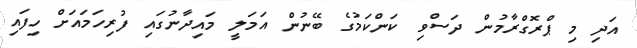
އަދި މި ޕްރޮގްރާމުން ދަސްވި ކަންކަމުގެ ބޭނުން އަމަލީ މައިދާނުގައި ފުރިހަމައަށް ހިފައި